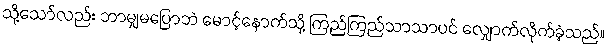
သို့သော်လည်း ဘာမျှမပြောဘဲ မောင့်နောက်သို့ ကြည်ကြည်သာသာပင် လျှောက်လိုက်ခဲ့သည်။